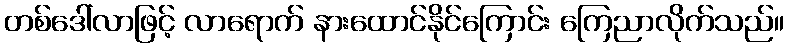
တစ်ဒေါ်လာဖြင့် လာရောက် နားထောင်နိုင်ကြောင်း ကြေညာလိုက်သည်။